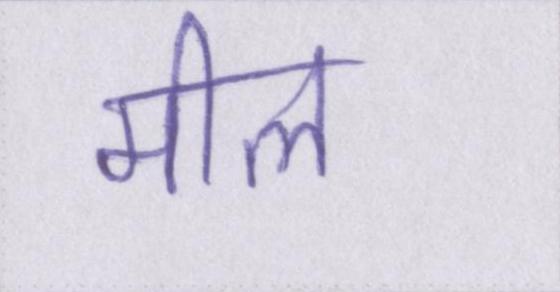
मील